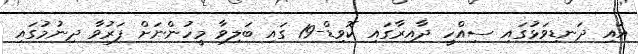
އައި ދަނޑިވަޅުގައި ސިއްހީ ދާއިރާގައި ކޮވިޑް-19 ގައި ބަލިވާ މީހުންނަށް ފަރުވާ ދިނުމުގައި